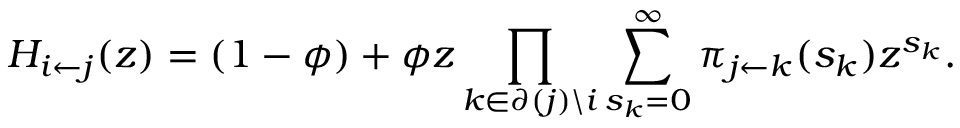
H _ { i \leftarrow j } ( z ) = ( 1 - \phi ) + \phi z \prod _ { k \in \partial ( j ) \backslash i } \sum _ { s _ { k } = 0 } ^ { \infty } \pi _ { j \leftarrow k } ( s _ { k } ) z ^ { s _ { k } } .